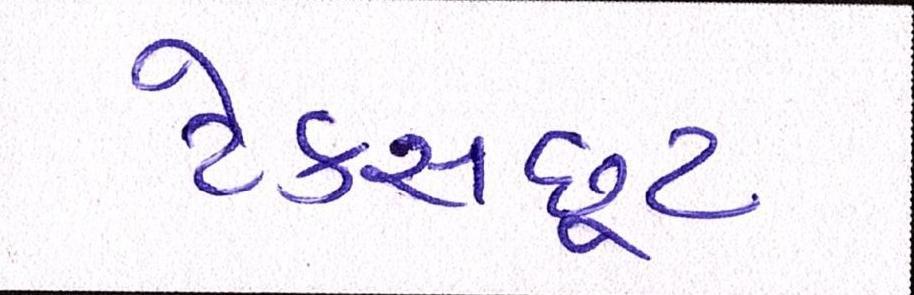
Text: ટેક્સછૂટ